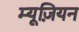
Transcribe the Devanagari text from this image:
म्यूज़ियन